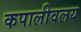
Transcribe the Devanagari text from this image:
कपालीवलय